Annual report of the Bengal Veterinary College and of the Civil Veterinary Department, Bengal, for the year 1913-1914 - 1913-1914
Year: 1913
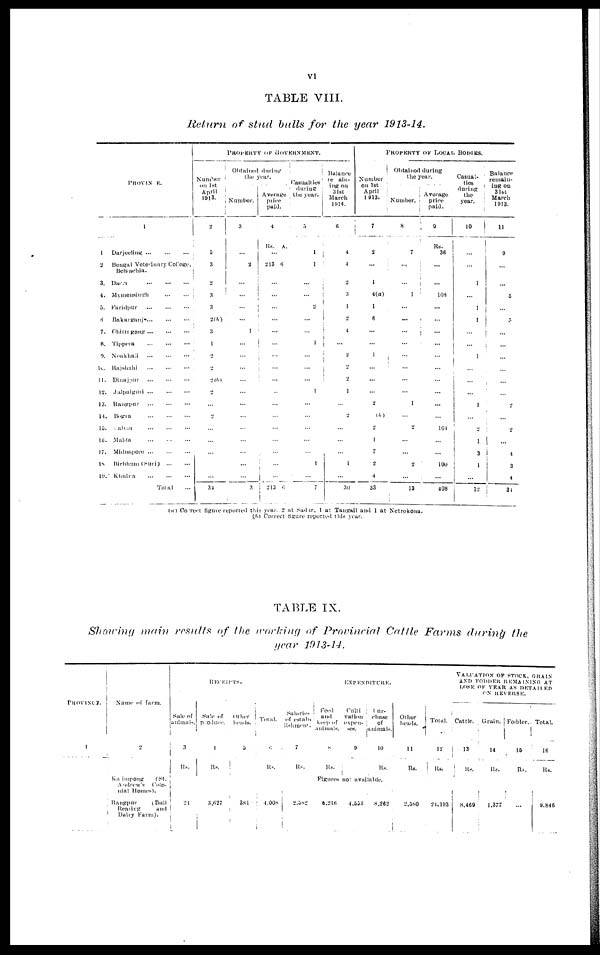
VI
TABLE VIII.
Return of stud bulls for the year 1913-14.
1
2
3.
4.
5.
6
7.
8
9.
10
11.
12.
13.
14
15
16.
17.
18
19
PROVINCE.
1
Darjeeling
...
...
...
Bengal Veterinary College,
Belgachia.
Dacca
...
...
...
Mymensingh
...
...
Faridpur
...
...
...
Bakarganj
...
...
...
Chittagong
...
...
...
Tippera
...
...
...
Noakhali
...
...
...
Rajshahi
...
...
...
Dinajpur
...
...
...
Jalpaiguri
...
...
...
Rangpur
...
...
...
Bogra
...
...
...
Pabna
...
...
...
Malda
...
...
...
Midngpore
...
...
...
Birbhum (Suri)
...
...
Khultra
...
...
...
Total ...
Number
on 1st
April
1913.
2
5
3
2
3
3
2(b)
3
1
2
2
2(b)
2
...
2
...
...
...
...
...
34
PROPERTY OP GOVERNMENT.
Obtained during
the year.
Number.
3
...
2
...
...
...
...
1
...
...
...
...
...
...
...
...
...
...
...
...
3
Average
price
paid.
4
Rs.A.
...
213 6
...
...
...
...
...
...
...
...
...
...
...
...
...
...
...
...
...
213 6
Casualties.
during
the year.
5
1
1
...
...
...
...
...
1
...
...
...
1
...
...
...
...
...
1
...
7
Balance
re ain-
ing on
31st
March
1914,
6
4
4
2
3
I
2
4
...
2
2
2
1
...
2
...
...
...
1
...
30
Number
on 1st
April
1913.
7
2
...
1
4(a)
1
6
...
...
1
...
...
...
2
(b)
2
1
7
2
4
33
PROPERTY OF LOCAL BODIES.
Obtained during
the year.
Number.
8
7
...
...
1
...
...
...
...
...
...
...
...
1
...
2
...
...
2
...
13
Average
price
paid.
9
Rs.
36
...
...
108
...
...
...
...
...
...
...
...
...
...
164
...
...
100
...
408
Casual-
ties
during
the
year.
10
...
...
1
...
1
...
...
...
1
...
...
...
1
...
...
1
3
1
...
12
Balance
remain-
ing on
31st
March
1913.
11
9
...
...
5
...
...
...
...
...
...
...
...
2
...
2
...
4
3
4
34
(a) Correct figure reported this year. 2 at Sadur, 1 at Tangail and 1 at Netrokona.
(ft) Correct figure reported this year.
TABLE IX.
Showing main results of the working of Provincial Cattle Farms during the
year 1913-14.
PROVINCE
1
Name of farm.
2
Ka impong
(St.
Andrew's
Colo-
nial Homes).
Rangpur
(Bull
Rearing
and
Dairy Farm).
REMARKS.
Sale of
animals.
3
Rs.
21
Sale of
Produce
4
Rs.
3,627
Other
heads.
5
381
Total.
6
Rs.
4,008
Salaries
of estab-
lishment.
7
Rs.
2,582
8
Rs.
EXPENDITURE.
Culti
ration
expen-
ses.
9
I ur-
chase
of animals.
10
Rs.
Figures not available.
6,216
4,553
8,262
Other
heads.
11
Rs.
2,580
VALUATION OF STOCK, GRAIN AND FODDER REM
LOSE OF YEAR AS DETAIIED
ON REVERSE.
Total.
12
Rs.
21,193
Cattle.
13
Rs.
8,469
Grain.
14
Rs.
1.377
Fodder.,
15
Rs.
...
Total.
16
Rs.
9.846